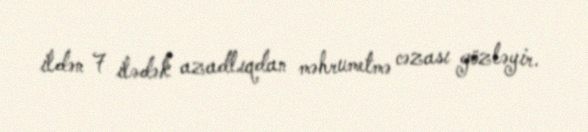
ildən 7 ilədək azadlıqdan məhrumetmə cəzası gözləyir.